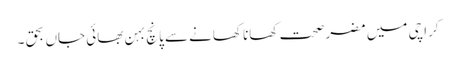
کراچی میں مضر صحت کھانا کھانے سے پانچ بہن بھائی جاں بحق ۔